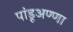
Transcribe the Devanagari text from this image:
पांडूअण्णा